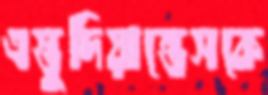
এস্তুদিয়ান্তেসকে